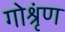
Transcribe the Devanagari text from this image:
गोश्रृंण